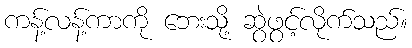
ကန့်လန့်ကာကို ဘေးသို့ ဆွဲဖွင့်လိုက်သည်။